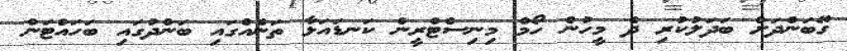
ގޭބަންދަށް ބަދަލުކުރި ދެ މީހުން ހޯމް މިނިސްޓްރީން ކަނޑައަޅާ ތަނެއްގައި ބަންދުގައި ބަހައްޓަން